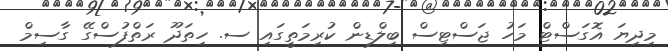
މިދިޔަ އޮގަސްޓް މަހު ޖަސްޓިސް ބިލްޑިން ކުރިމަތީގައި ސ. ހިތަދޫ ރަތްފުސްގޭ ގާސިމް